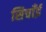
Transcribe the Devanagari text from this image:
सिचाँई